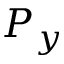
P _ { y }